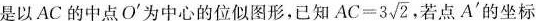
是以AC的中点O^{'}为中心的位似图形，已知$$A C = 3 \sqrt{ 2 }$$若点A^{ ' }的坐标